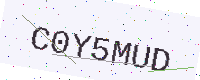
Text: C0Y5MUD